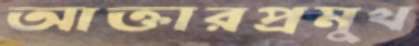
আক্তারপ্রমুখ